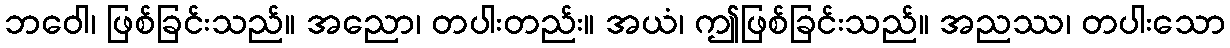
ဘဝေါ၊ ဖြစ်ခြင်းသည်။ အညော၊ တပါးတည်း။ အယံ၊ ဤဖြစ်ခြင်းသည်။ အညဿ၊ တပါးသော